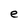
Character: e